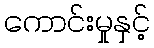
ကောင်းမှုနှင့်